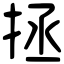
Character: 拯